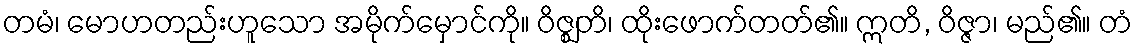
တမံ၊ မောဟတည်းဟူသော အမိုက်မှောင်ကို။ ဝိဇ္ဈတိ၊ ထိုးဖောက်တတ်၏။ ဣတိ, ဝိဇ္ဇာ၊ မည်၏။ တံ